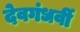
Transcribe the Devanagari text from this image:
देवगंधर्वी